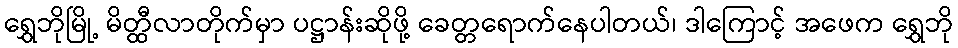
ရွှေဘိုမြို့ မိတ္ထီလာတိုက်မှာ ပဋ္ဌာန်းဆိုဖို့ ခေတ္တရောက်နေပါတယ်၊ ဒါကြောင့် အဖေက ရွှေဘို